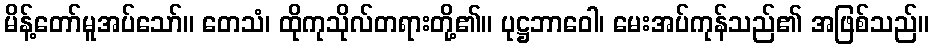
မိန့်တော်မူအပ်သော်။ တေသံ၊ ထိုကုသိုလ်တရားတို့၏။ ပုဋ္ဌဘာဝေါ၊ မေးအပ်ကုန်သည်၏ အဖြစ်သည်။